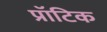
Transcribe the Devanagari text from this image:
प्रॉटिक